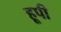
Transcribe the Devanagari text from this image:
हूपी